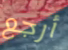
أرجع